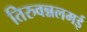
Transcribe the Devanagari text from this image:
तिरुवन्नलमई